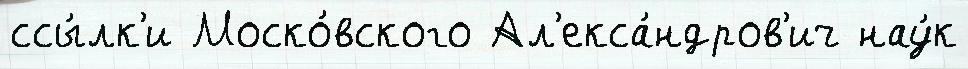
ссы́лк'и Моско́вского Ал'екса́ндров'ич нау́к